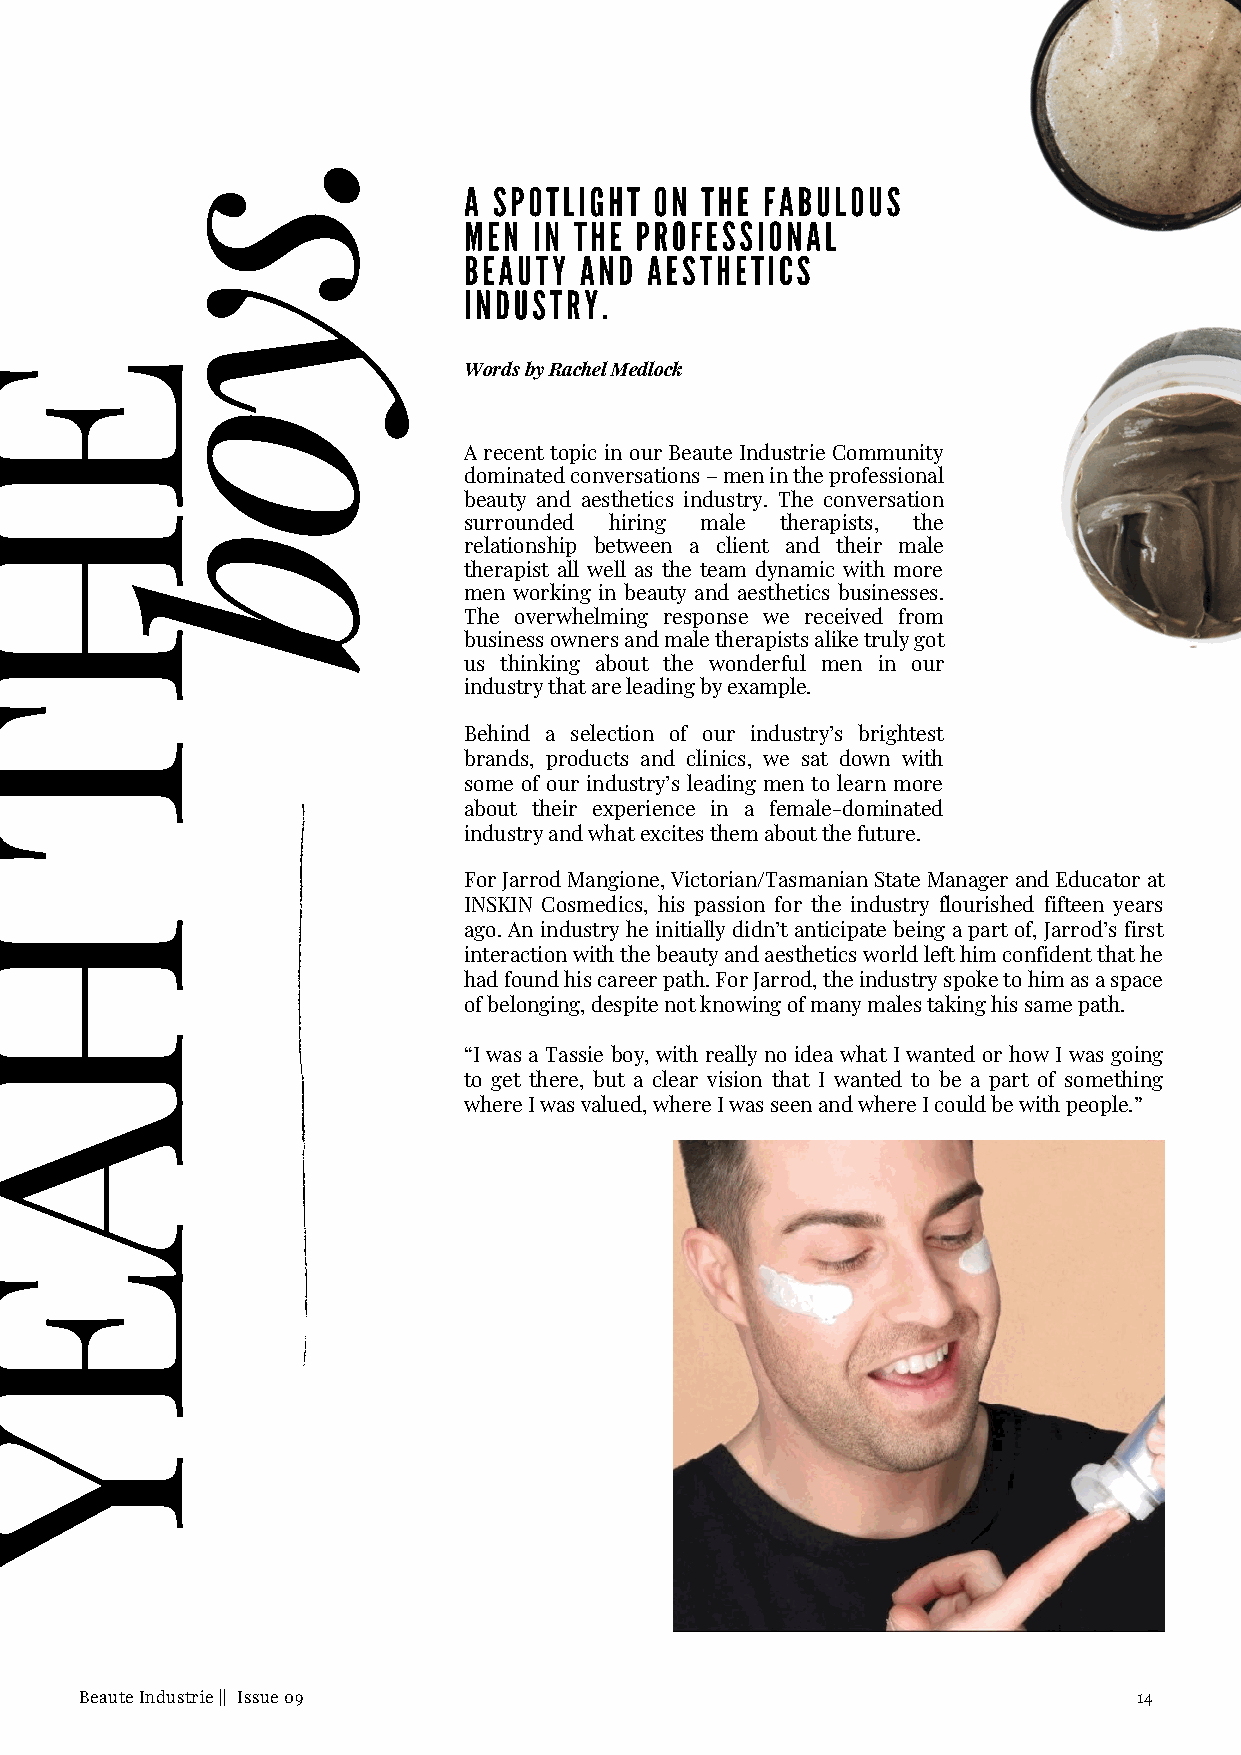
.
 A SPOTLIGHT ON THE  FABULOUS
 s
 MEN IN THE PROFESSIONAL
 BEAUTY AND  AESTHETICS
 y                    INDUSTRY.
 E
 Words by Rachel Medlock
 o
 A recent topic in our Beaute Industrie Community
 dominated conversations – men in the professional
 beauty and aesthetics industry. The conversation
 H
 surrounded hiring male therapists, the
 b
 relationship between a client and their male
 therapist all well as the team dynamic with more
 men working in beauty and aesthetics businesses.
 The overwhelming response we received from
 business owners and male therapists alike truly got
 us thinking about the wonderful men in our
 industry that are leading by example.
 T
 Behind a selection of our industry’s brightest
 brands, products and clinics, we sat down with
 some of our industry’s leading men to learn more
 about their experience in a female-dominated
 industry and what excites them about the future.
 For Jarrod Mangione, Victorian/Tasmanian State Manager and Educator at
 INSKIN Cosmedics, his passion for the industry flourished fifteen years
 H
 ago. An industry he initially didn’t anticipate being a part of, Jarrod’s first
 interaction with the beauty and aesthetics world left him confident that he
 had found his career path. For Jarrod, the industry spoke to him as a space
 of belonging, despite not knowing of many males taking his same path.
 “I was a Tassie boy, with really no idea what I wanted or how I was going
 to get there, but a clear vision that I wanted to be a part of something
 A                              where I was valued, where I was seen and where I could be with people.”
 E
 Y
 Beaute Industrie || Issue 09                                          14